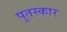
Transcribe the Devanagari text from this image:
पुतस्कार